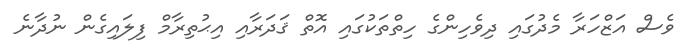
ވެސް އަޒްހަރާ މެދުގައި ދިވެހިންގެ ހިތްތަކުގައި އޮތް ޤަދަރާއި އިޙުތިރާމް ފިލައިގެން ނުދާނެ